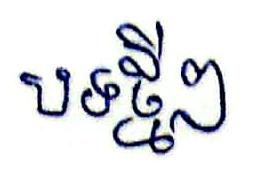
បទថ្មីៗ